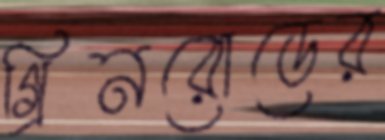
গ্রিনরোডের